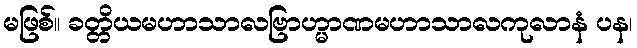
မဖြစ်။ ခတ္တိယမဟာသာလဗြာဟ္မာဏမဟာသာလကုလာနံ ပန၊